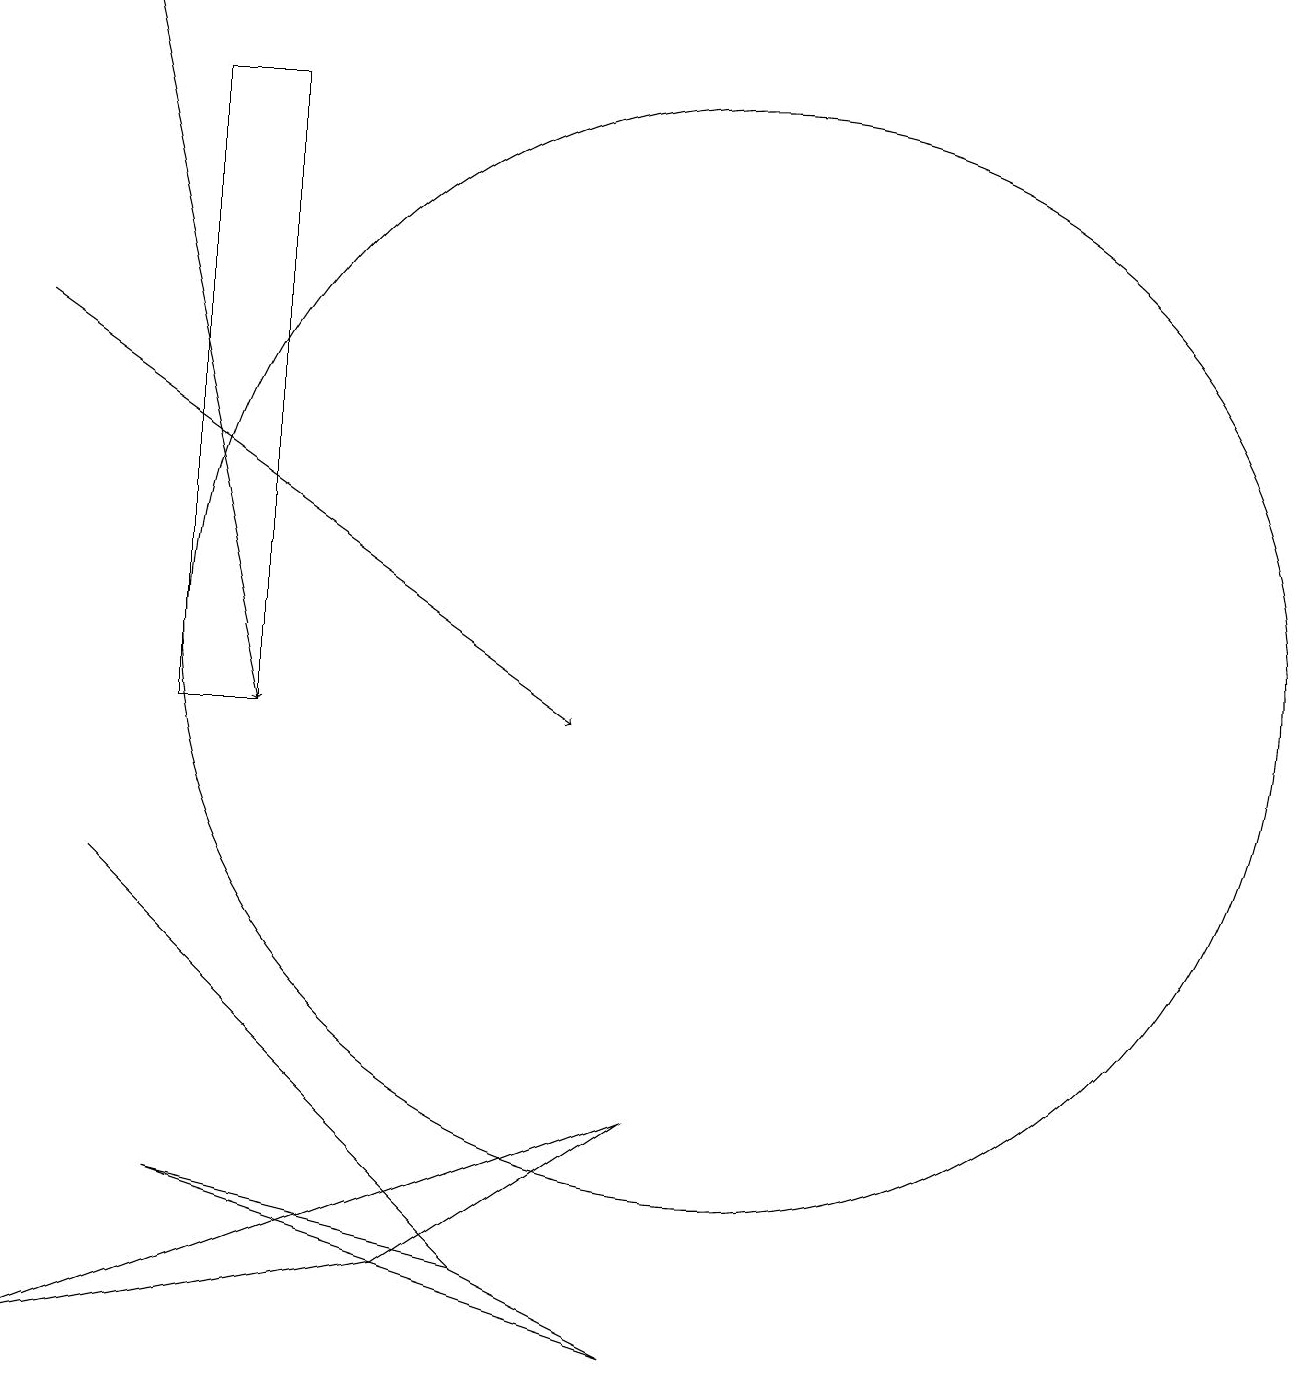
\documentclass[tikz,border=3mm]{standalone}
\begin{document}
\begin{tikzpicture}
\draw (5,5) -- (2,8) -- (7,3) -- cycle;
\draw[->] (1,15) -- (8,10);
\draw (3,4) -- (9,2) -- (7,3) -- cycle;
\draw (10,11) circle (7);
\draw[->] (2,19) -- (4,10);
\draw (6,3) -- (9,5) -- (1,2) -- cycle;
\draw (4,10) rectangle (3,18);
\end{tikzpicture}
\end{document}